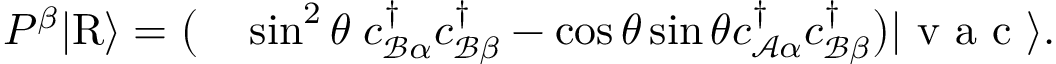
\begin{array} { r l } { P ^ { \beta } \vert \mathrm { R } \rangle = \big ( } & { { } \sin ^ { 2 } \theta \; { c } _ { \mathcal { B } \alpha } ^ { \dagger } { c } _ { \mathcal { B } \beta } ^ { \dagger } - \cos \theta \sin \theta { c } _ { \mathcal { A } \alpha } ^ { \dagger } { c } _ { \mathcal { B } \beta } ^ { \dagger } \big ) \vert \mathrm { ~ v ~ a ~ c ~ } \rangle . } \end{array}